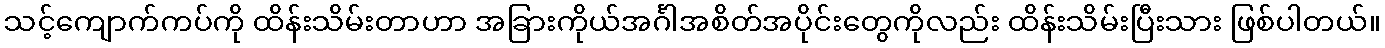
သင့်ကျောက်ကပ်ကို ထိန်းသိမ်းတာဟာ အခြားကိုယ်အင်္ဂါအစိတ်အပိုင်းတွေကိုလည်း ထိန်းသိမ်းပြီးသား ဖြစ်ပါတယ်။